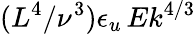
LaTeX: (L^{4}/\nu^{3})\epsilon_{u}\, Ek^{4/3}